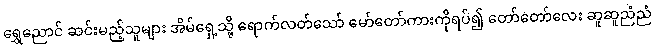
ရွှေညောင် ဆင်းမည့်သူများ အိမ်ရှေ့သို့ ရောက်လတ်သော် မော်တော်ကားကိုရပ်၍ တော်တော်လေး ဆူဆူညံညံ